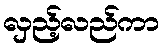
လှည့်လည်ကာ